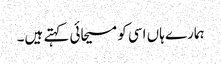
ہمارے ہاں اسی کو مسیحائی کہتے ہیں۔